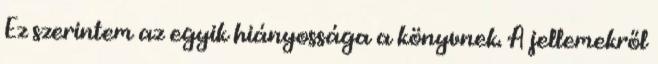
Ez szerintem az egyik hiányossága a könyvnek. A jellemekről